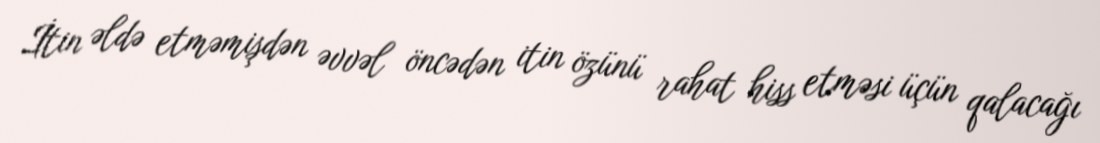
İtin əldə etməmişdən əvvəl öncədən itin özünü rahat hiss etməsi üçün qalacağı